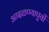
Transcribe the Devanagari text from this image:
आदळण्यापुर्वी